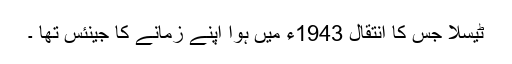
ٹیسلا جس کا انتقال 1943ء میں ہوا اپنے زمانے کا جینئس تھا ۔